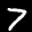
Label: 7